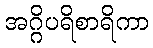
အဂ္ဂိပရိစာရိကာ